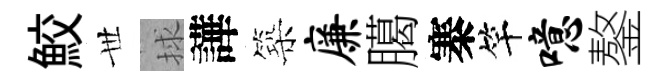
鮫𠀍捄譁築廉臈寨竿噫鏊